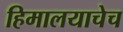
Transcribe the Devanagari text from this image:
हिमालयाचेच